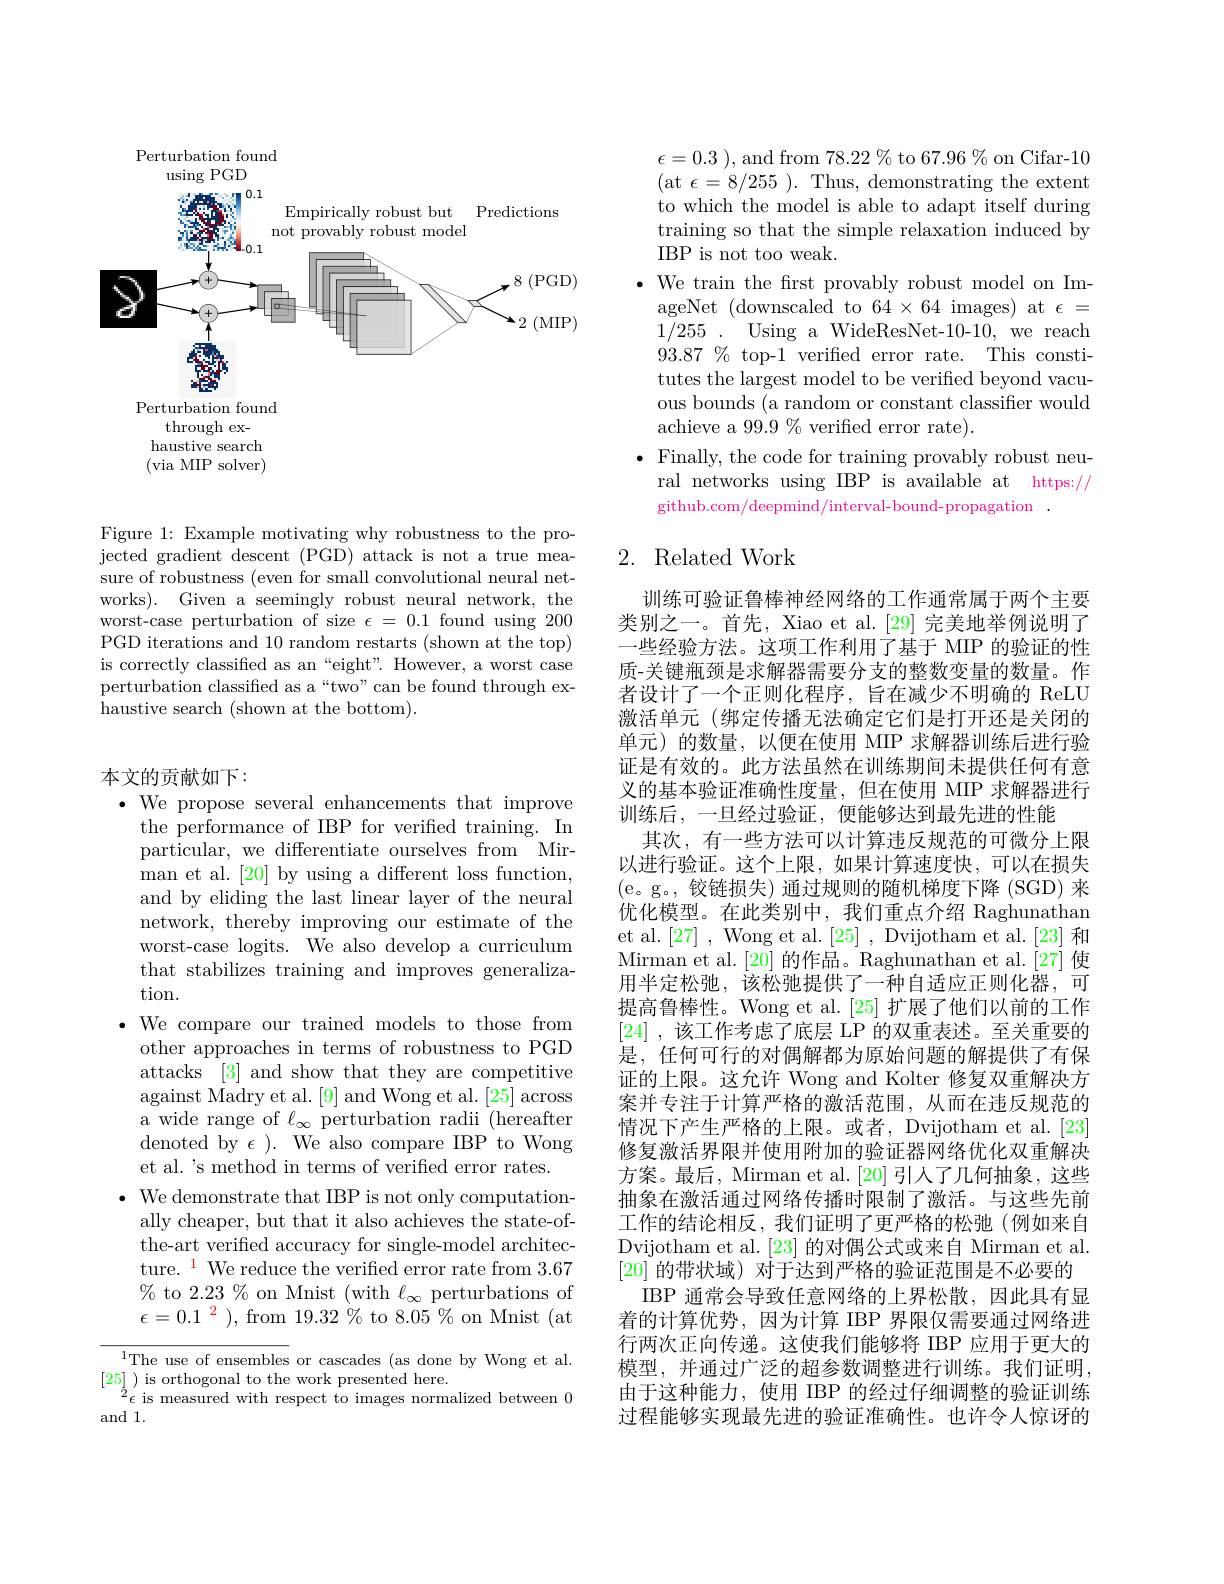
<FigureHere>

Figure 1: Example motivating why robustness to the projected gradient descent (PGD) attack is not a true measure of robustness (even for small convolutional neural networks). Given a seemingly robust neural network, the worst-case perturbation of size $\epsilon=0.1$ found using 200 PGD iterations and 10 random restarts (shown at the top) is correctly classified as an“eight". However, a worst case perturbation classified as a“two”can be found through exhaustive search ( shown at the bottom) .

## 本文的贡献如下：

$\bullet$ We propose several enhancements that improve
the performance of IBP for verified training. In particular, we differentiate ourselves from Mirman et al. [20] by using a different loss function, and by eliding the last linear layer of the neural network, thereby improving our estimate of the worst-case logits. We also develop a curriculum that stabilizes training and improves generalization.
$\bullet$ We compare our trained models to those from
other approaches in terms of robustness to PGD attacks [3] and show that they are competitive against Madry et al. [9] and Wong et al. [25] across a wide range of $\ell_\infty$ perturbation radii (hereafter denoted by $\epsilon$ ). We also compare IBP to Wong et al.'s method in terms of verified error rates.
$\bullet$ We demonstrate that IBP is not only computation-
ally cheaper, but that it also achieves the state-ofthe-art verified accuracy for single-model architecture. $^{\mathrm{l}}$ We reduce the verified error rate from 3.67 % to 2.23 % on Mnist (with $\ell_\infty$ perturbations of $\epsilon=0.1^{\begin{array}{cc}2\end{array}})$, from $19.32^{\begin{array}{c}0\\0\end{array}}$ to 8.05% on Mnist (at
$^{1}$The use of ensembles or cascades (as done by Wong et al.

$\begin{array}{c}[25]&\text{)is orthogonal to the work presented here.}\\2_{\epsilon\text{ is measured with respect to images normalized between }0}\end{array}$
and 1.

$\epsilon = 0. 3$ ), and from $78.22%$ to 67.96% on Cifar-10 (at$\epsilon=8/255).$Thus, demonstrating the extent to which'the model is able to adapt itself during training so that the simple relaxation induced by IBP is not too weak.
$\bullet$ We train the frst provably robust model on ImageNet (downscaled to 64×64 images) at $\epsilon=$ 1/255. Using a WideResNet-10-10, we reach $93.87\%$ top-1 verified error rate. This constitutes the largest model to be verified beyond vacuous bounds (a random or constant classifier would achieve a $99.9\%$ verified error rate).
$\bullet$ Finally, the code for training provably robust neu-
ral networks using IBP is available at https://
github.com/deepmind/interval-bound-propagation~.

# 2. Related Work

训练可验证鲁棒神经网络的工作通常属于两个主要类别之一。首先，Xiao et al. [29] 完美地举例说明了-些经验方法。这项工作利用了基于 MIP 的验证的性质-关键瓶颈是求解器需要分支的整数变量的数量。作者设计了一个正则化程序，旨在减少不明确的 ReLU 激活单元(绑定传播无法确定它们是打开还是关闭的单元)的数量，以便在使用 MIP 求解器训练后进行验证是有效的。此方法虽然在训练期间未提供任何有意义的基本验证准确性度量，但在使用 MIP 求解器进行训练后，一旦经过验证，便能够达到最先进的性能
其次，有一些方法可以计算违反规范的可微分上限以进行验证。这个上限，如果计算速度快，可以在损失(e。g。,铰链损失)通过规则的随机梯度下降(SGD)来优化模型。在此类别中，我们重点介绍 Raghunathan et al.[27] , Wong et al.[25] , Dvijotham et al.[23] 和Mirman et al. [ 20] 的作品。Raghunathan et al.[27] 使用半定松弛，该松弛提供了一种自适应正则化器，可提高鲁棒性。Wong et al.[25] 扩展了他们以前的工作[24] ,该工作考虑了底层 LP 的双重表述。至关重要的是，任何可行的对偶解都为原始问题的解提供了有保证的上限。这允许 Wong and Kolter 修复双重解决方案并专注于计算严格的激活范围，从而在违反规范的情况下产生严格的上限。或者，Dvijotham et al.[23] 修复激活界限并使用附加的验证器网络优化双重解决方案。最后，Mirman et al. [20] 引人了几何抽象，这些抽象在激活通过网络传播时限制了激活。与这些先前工作的结论相反，我们证明了更严格的松弛(例如来自Dvijotham et al.[23] 的对偶公式或来自 Mirman et al. [20]的带状域) 对于达到严格的验证范围是不必要的
IBP 通常会导致任意网络的上界松散，因此具有显着的计算优势，因为计算 IBP 界限仅需要通过网络进行两次正向传递。这使我们能够将 IBP 应用于更大的模型，并通过广泛的超参数调整进行训练。我们证明， 由于这种能力，使用 IBP 的经过仔细调整的验证训练过程能够实现最先进的验证准确性。也许令人惊讶的